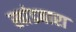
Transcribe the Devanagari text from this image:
खांडबारा